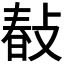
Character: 𢾎